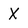
Character: X